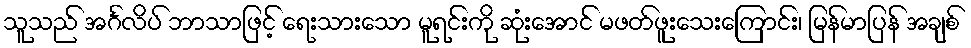
သူသည် အင်္ဂလိပ် ဘာသာဖြင့် ရေးသားသော မူရင်းကို ဆုံးအောင် မဖတ်ဖူးသေးကြောင်း၊ မြန်မာပြန် အချစ်